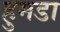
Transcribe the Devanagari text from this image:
हुमडा